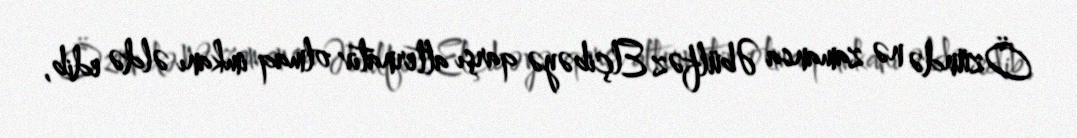
Özündə nə zamansa Əbülfəz Elçibəyə qarşı alternativ olmaq imkanı əldə edib,